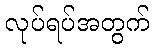
လုပ်ရပ်အတွက်